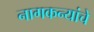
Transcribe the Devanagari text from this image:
नागकन्यांचे